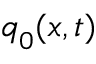
\boldsymbol { q } _ { 0 } ( \boldsymbol { x } , t )